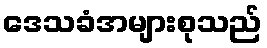
ဒေသခံအများစုသည်